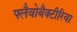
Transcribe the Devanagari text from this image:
फ्लैवोबैक्टीरिया